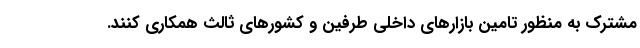
مشترک به منظور تامین بازارهای داخلی طرفین و کشورهای ثالث همکاری کنند.